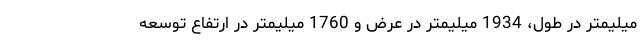
میلیمتر در طول، 1934 میلیمتر در عرض و 1760 میلیمتر در ارتفاع توسعه